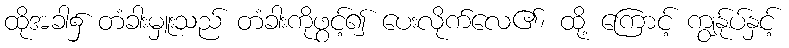
ထိုအခါ၌ တံခါးမှူးသည် တံခါးကိုဖွင့်၍ ပေးလိုက်လေ၏၊ ထို့ ကြောင့် ကျွန်ုပ်နှင့်